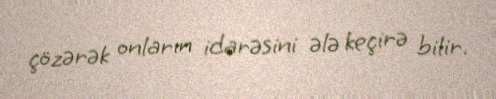
çözərək onların idarəsini ələ keçirə bilir.